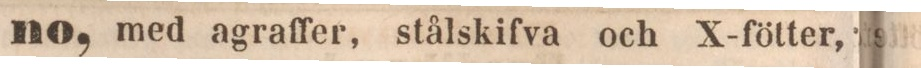
no, med agraffer, stålskifva och X-fötter,